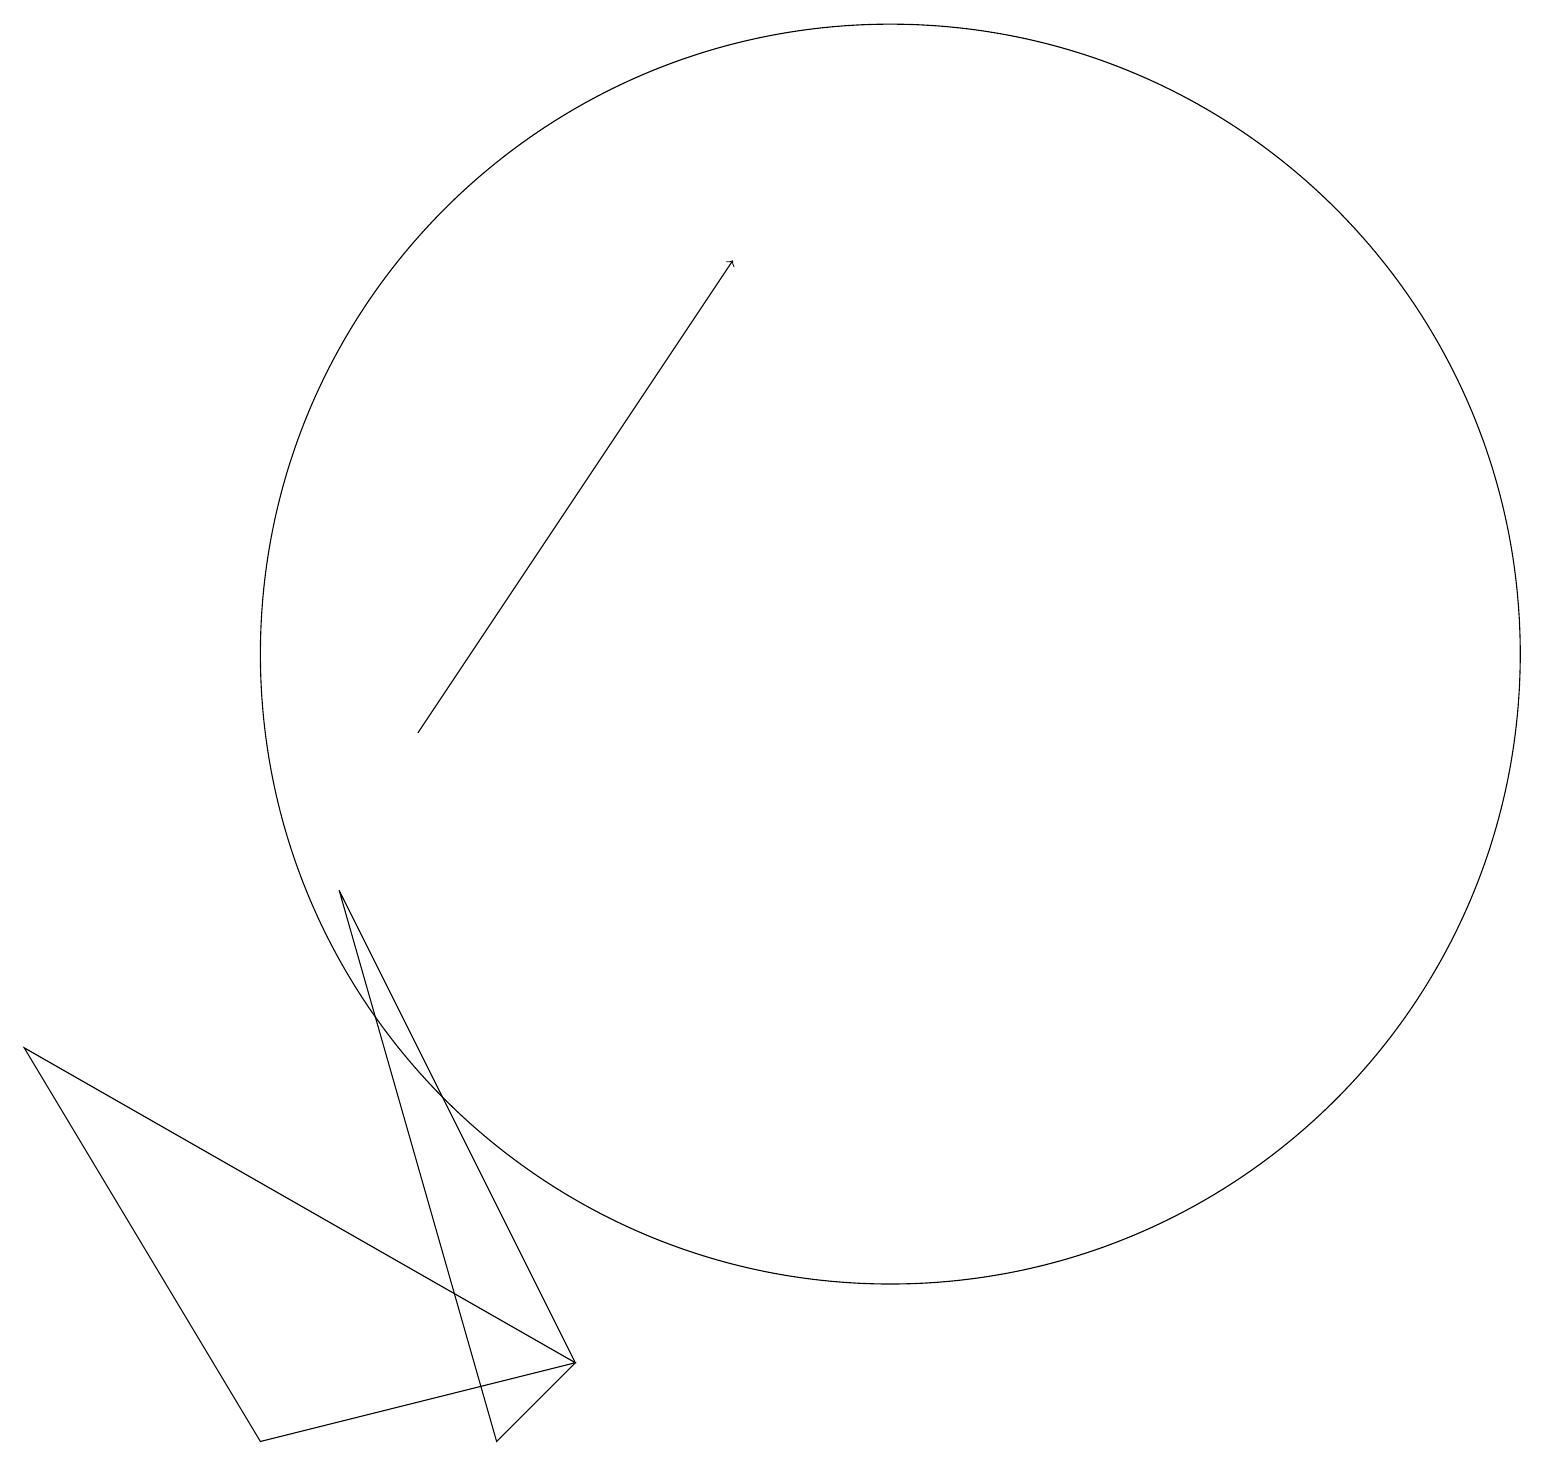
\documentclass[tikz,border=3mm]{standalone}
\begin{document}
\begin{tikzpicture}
\draw (7,2) -- (6,1) -- (4,8) -- cycle;
\draw[->] (5,10) -- (9,16);
\draw (0,6) -- (7,2) -- (3,1) -- cycle;
\draw (11,11) circle (8);
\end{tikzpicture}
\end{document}